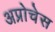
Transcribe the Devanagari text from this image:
अप्रोचेस